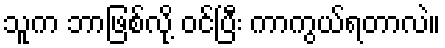
သူက ဘာဖြစ်လို့ ဝင်ပြီး ကာကွယ်ရတာလဲ။